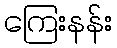
ကြေးနန်း